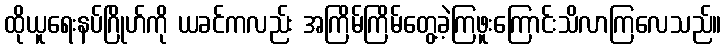
ထိုယူရေးနပ်ဂြိုဟ်ကို ယခင်ကလည်း အကြိမ်ကြိမ်တွေ့ခဲ့ကြဖူးကြောင်းသိလာကြလေသည်။